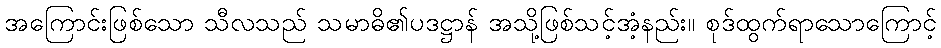
အကြောင်းဖြစ်သော သီလသည် သမာဓိ၏ပဒဋ္ဌာန် အသို့ဖြစ်သင့်အံ့နည်း။ စုဒ်ထွက်ရာသောကြောင့်